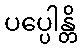
ပပ္ပေါန္တိ